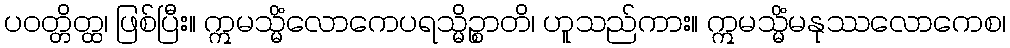
ပဝတ္တိတ္ထ၊ ဖြစ်ပြီး။ ဣမသ္မိံလောကေပရသ္မိဉ္စာတိ၊ ဟူသည်ကား။ ဣမသ္မိံမနုဿလောကေစ၊